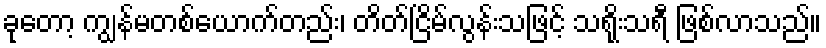
ခုတော့ ကျွန်မတစ်ယောက်တည်း၊ တိတ်ငြိမ်လွန်းသဖြင့် သရိုးသရီ ဖြစ်လာသည်။